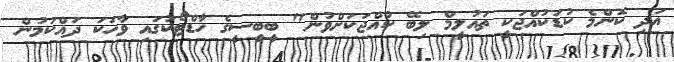
އަދި ކޮންމެ ކުޑަކުއްޖަކީ ތައުލީމް ލިބޭ ކުއްޖަކަށްވުން" ބީބީސީގެ ހާޑްޓޯކުގައި ވާހަކަ ދައްކަމުން